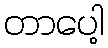
တာပေါ့